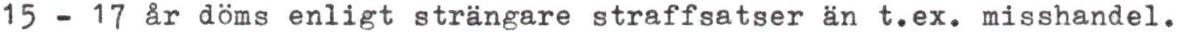
15 - 17 år döms enligt strängare straffsatser än t.ex. misshandel.